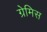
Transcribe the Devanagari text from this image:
ग्रेमिस